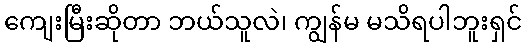
ကျေးမြီးဆိုတာ ဘယ်သူလဲ၊ ကျွန်မ မသိရပါဘူးရှင်